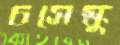
চসেস্কু